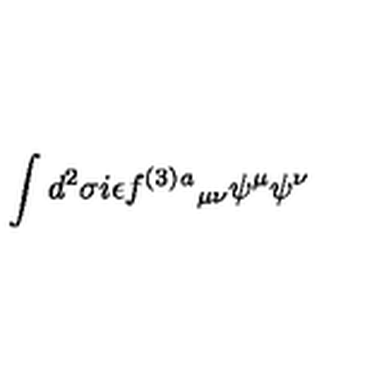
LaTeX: \int d ^ { 2 } \sigma i \epsilon f ^ { ( 3 ) } { } ^ { a } { } _ { \mu \nu } \psi ^ { \mu } \psi ^ { \nu }